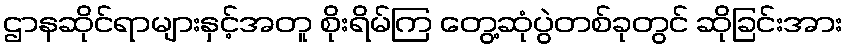
ဌာနဆိုင်ရာများနှင့်အတူ စိုးရိမ်ကြ တွေ့ဆုံပွဲတစ်ခုတွင် ဆိုခြင်းအား